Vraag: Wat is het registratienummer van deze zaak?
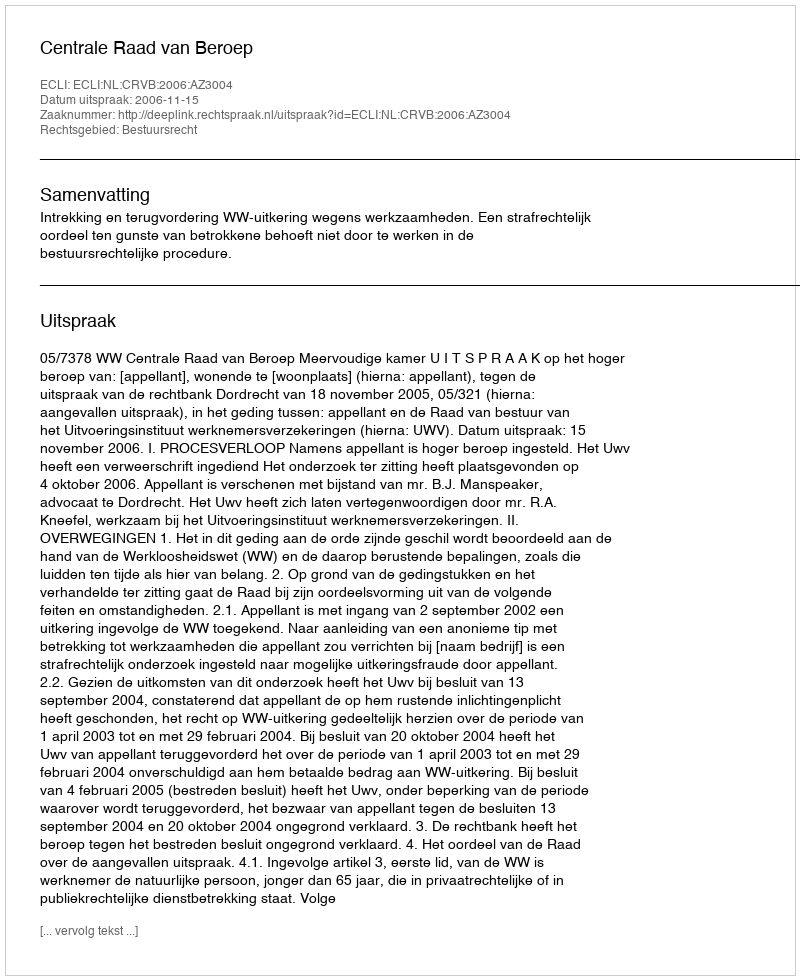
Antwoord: http://deeplink.rechtspraak.nl/uitspraak?id=ECLI:NL:CRVB:2006:AZ3004